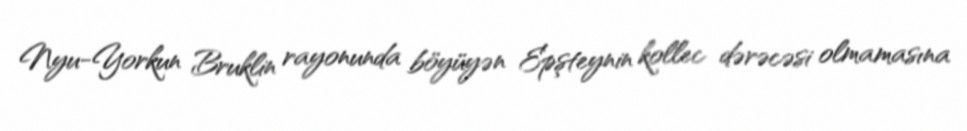
Nyu-Yorkun Bruklin rayonunda böyüyən Epşteynin kollec dərəcəsi olmamasına